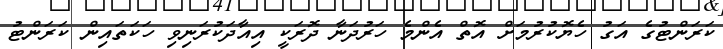
ކަރަންޓުގެ އަގު ހެޔޮކުރުމަށް އޮތް އެންމެ ހަރުދަނާ ދޮރަކީ އިއާދަކުރަނިވި ހަކަތައިން ކަރަންޓު